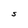
Character: S